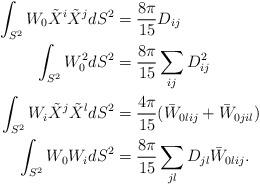
LaTeX: \begin{align*}\int_{S^2} W_0 \tilde X ^i \tilde X^j dS^2&= \frac{8 \pi}{15}D_{ij}\\\int_{S^2} W_0^2 dS^2&=\frac{8 \pi}{15} \sum_{ij} D_{ij}^2\\\int_{S^2} W_i \tilde X^j \tilde X^l dS^2 &=\frac{4 \pi}{15}(\bar W_{0lij}+\bar W_{0jil})\\\int_{S^2} W_0 W_i dS^2&= \frac{8 \pi}{15}\sum_{jl} D_{jl}\bar W_{0lij}.\end{align*}